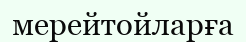
мерейтойларға